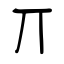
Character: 丌